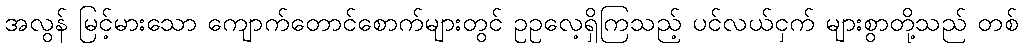
အလွန် မြင့်မားသော ကျောက်တောင်စောက်များတွင် ဥဥလေ့ရှိကြသည့် ပင်လယ်ငှက် များစွာတို့သည် တစ်